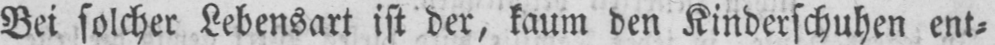
Bei solcher Lebensart ist der, kaum den Kinderschuhen ent⸗